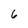
Character: 6